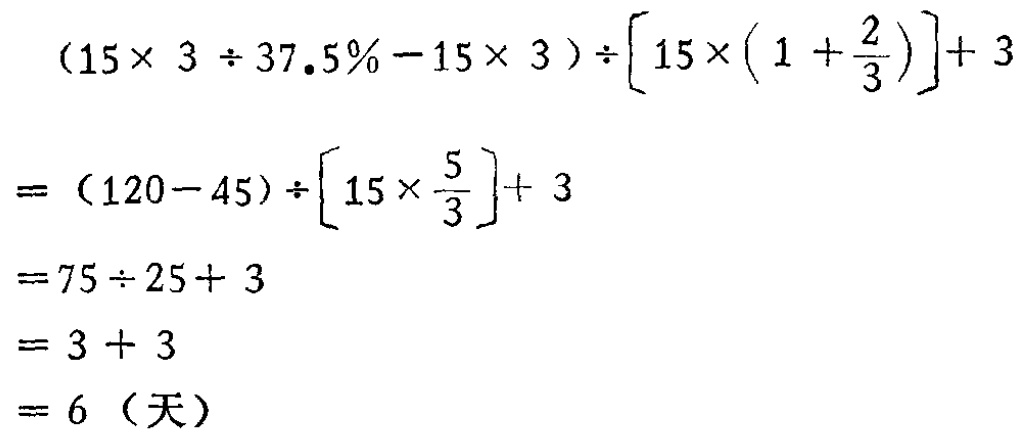
\[

\begin{align*}

&(15\times 3\div 37.5\% - 15\times 3)\div\left[15\times\left(1 + \frac{2}{3}\right)\right]+ 3\\

=&(120 - 45)\div\left[15\times\frac{5}{3}\right]+ 3\\

=&75\div 25+ 3\\

=&3 + 3\\

=&6 \text{（天）}

\end{align*}

\]